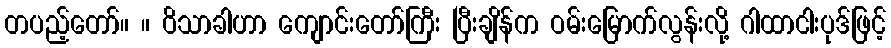
တပည့်တော်။ ။ ဝိသာခါဟာ ကျောင်းတော်ကြီး ပြီးချိန်က ဝမ်းမြောက်လွန်းလို့ ဂါထာငါးပုဒ်ဖြင့်